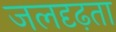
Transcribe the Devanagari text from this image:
जलदृढ़ता